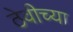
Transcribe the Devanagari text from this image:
ठेवीच्या